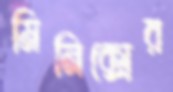
মিনিক্সের